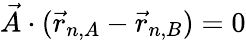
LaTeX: {\vec{A}}\cdot({\vec{r}}_{n,A}-{\vec{r}}_{n,B})=0